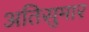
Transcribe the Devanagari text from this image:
अतिसुमार